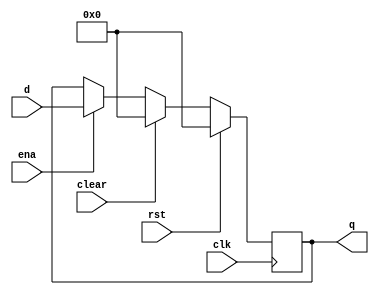
`timescale 1ns/1ps
//  enablereset  clear 
module flopenrc #(parameter WIDTH = 32) (
    input wire clk,rst,clear,ena,
    input wire[WIDTH-1:0]d,
    output reg[WIDTH-1:0]q
);
    always @(posedge clk) begin
        if(rst) q<=0;
        else if (clear) q<=0;
        else if (ena) q<=d;
    end
    
endmodule